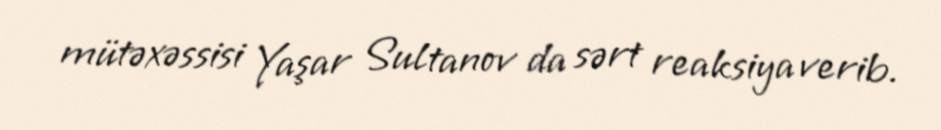
mütəxəssisi Yaşar Sultanov da sərt reaksiya verib.